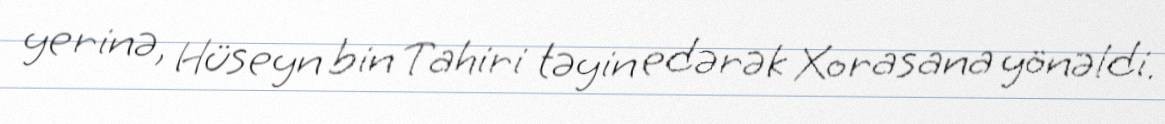
yerinə, Hüseyn bin Tahiri təyin edərək Xorasana yönəldi.